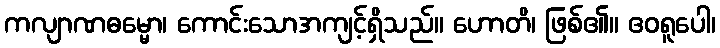
ကလျာဏဓမ္မော၊ ကောင်းသောအကျင့်ရှိသည်။ ဟောတိ၊ ဖြစ်၏။ ဧဝရူပေါ၊